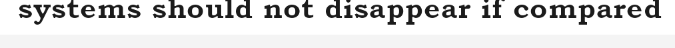
systems should not disappear if compared